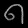
Digit: ၈